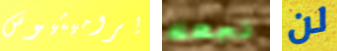
بروميثيوس تجعله لن